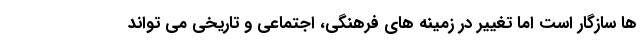
ها سازگار است اما تغییر در زمینه های فرهنگی، اجتماعی و تاریخی می تواند